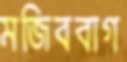
মজিববাগ